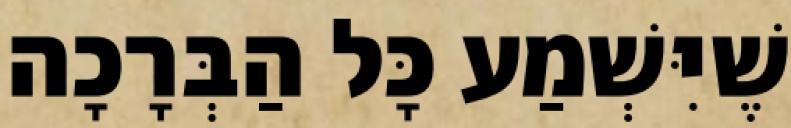
שֶׁיִּשְׁמַע כָּל הַבְּרָכָה